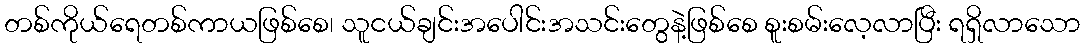
တစ်ကိုယ်ရေတစ်ကာယဖြစ်စေ၊ သူငယ်ချင်းအပေါင်းအသင်းတွေနဲ့ဖြစ်စေ စူးစမ်းလေ့လာပြီး ရရှိလာသော